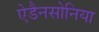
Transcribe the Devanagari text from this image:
ऐडैनसोनिया